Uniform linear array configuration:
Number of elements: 24
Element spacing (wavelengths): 0.25
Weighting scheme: kaiser
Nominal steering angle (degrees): -30
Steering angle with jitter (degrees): -30.938
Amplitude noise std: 0.05
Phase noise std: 0.05

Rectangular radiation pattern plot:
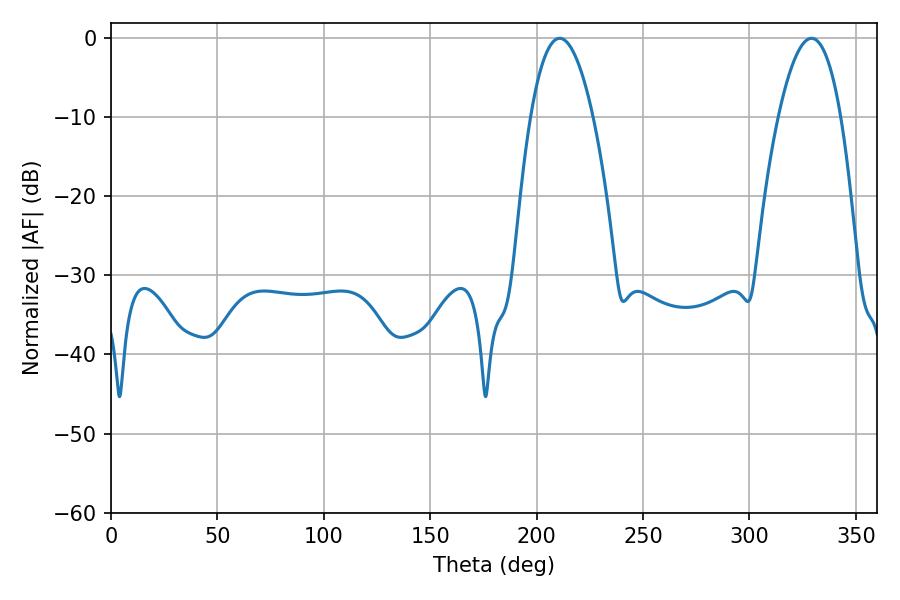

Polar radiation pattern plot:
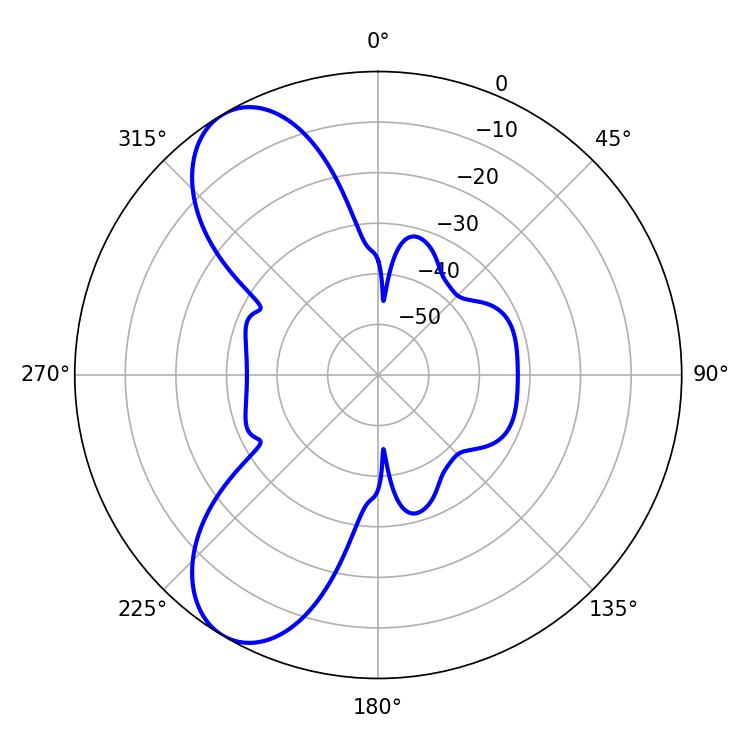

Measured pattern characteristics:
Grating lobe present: FALSE
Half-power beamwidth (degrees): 16.2
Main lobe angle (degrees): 210.78